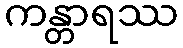
ကန္တာရဿ